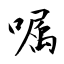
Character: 嘱